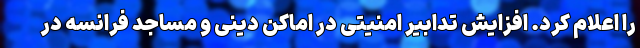
را اعلام کرد. افزایش تدابیر امنیتی در اماکن دینی و مساجد فرانسه در